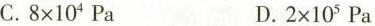
C.$$8\times 10^{4}Pa$$ $$D.2\times 10^{5}Pa$$